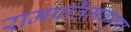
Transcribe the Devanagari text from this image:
रामप्रतिमवपुषा